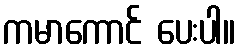
ကမာကောင် ပေးပါ။